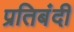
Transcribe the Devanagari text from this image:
प्रतिबंदी